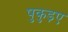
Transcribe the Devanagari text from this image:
षुकुड़ए